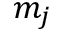
m _ { j }